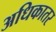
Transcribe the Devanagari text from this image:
अधिकातर